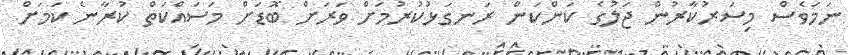
ނަމަވެސް މިސަރުކާރުން ޖަލުގެ ކަންކަން ރަނގަޅުކުރުމަށް ވަރަށް ބޮޑަށް މަސައްކަތް ކުރާނެ ކަމަށް